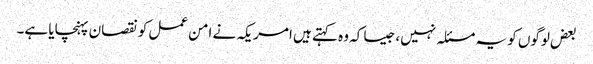
بعض لوگوں کو یہ مسئلہ نہیں، جیسا کہ وہ کہتے ہیں امریکہ نے امن عمل کو نقصان پہنچایا ہے۔